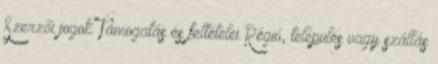
Szerzői jogok Támogatás és feltételei Régió, település vagy szállás